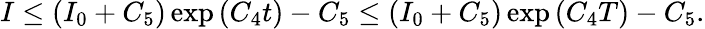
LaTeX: I\leq\left(I_{0}+C_{5}\right)\exp\left(C_{4}t\right)-C_{5}\leq\left(I_{0}+C_{5}\right)\exp\left(C_{4}T\right)-C_{5}.